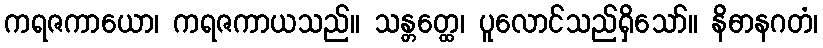
ကရဇကာယော၊ ကရဇကာယသည်။ သန္တတ္ထေ၊ ပူလောင်သည်ရှိသော်။ နိဓာနဂတံ၊